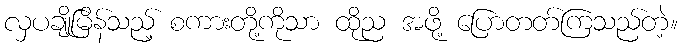
လှပချိုမြိန်သည့် စကားတို့ကိုသာ ထိုည အဖို့ ပြောတတ်ကြသည်တဲ့။